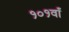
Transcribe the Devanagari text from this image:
१०१वाँ